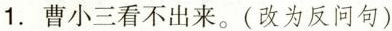
1.曹小三看不出来。(改为反问句)